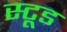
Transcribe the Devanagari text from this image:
स्टूड